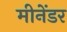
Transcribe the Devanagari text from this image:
मीनेंडर